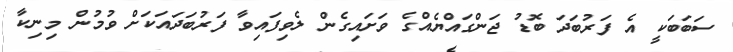
ސަބަބަކީ އެ ފަރުބަދަ ބޮޑު ޖަންގައްޔެއްގެ ވަށައިގެން ލެވިފައިވާ ފަރުބަދައަކަށް ވުމުން މިނިކާ